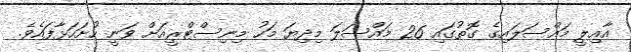
އާއިލީ މައްސަލައިގެ ގޮތުގައި 26 މައްސަލަ މިދިޔަ މަހު މިނިސްޓްރީއަށް ވަނީ ހުށަހަޅާފައެވެ.